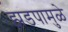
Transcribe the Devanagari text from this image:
झडपामुळे